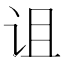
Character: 诅